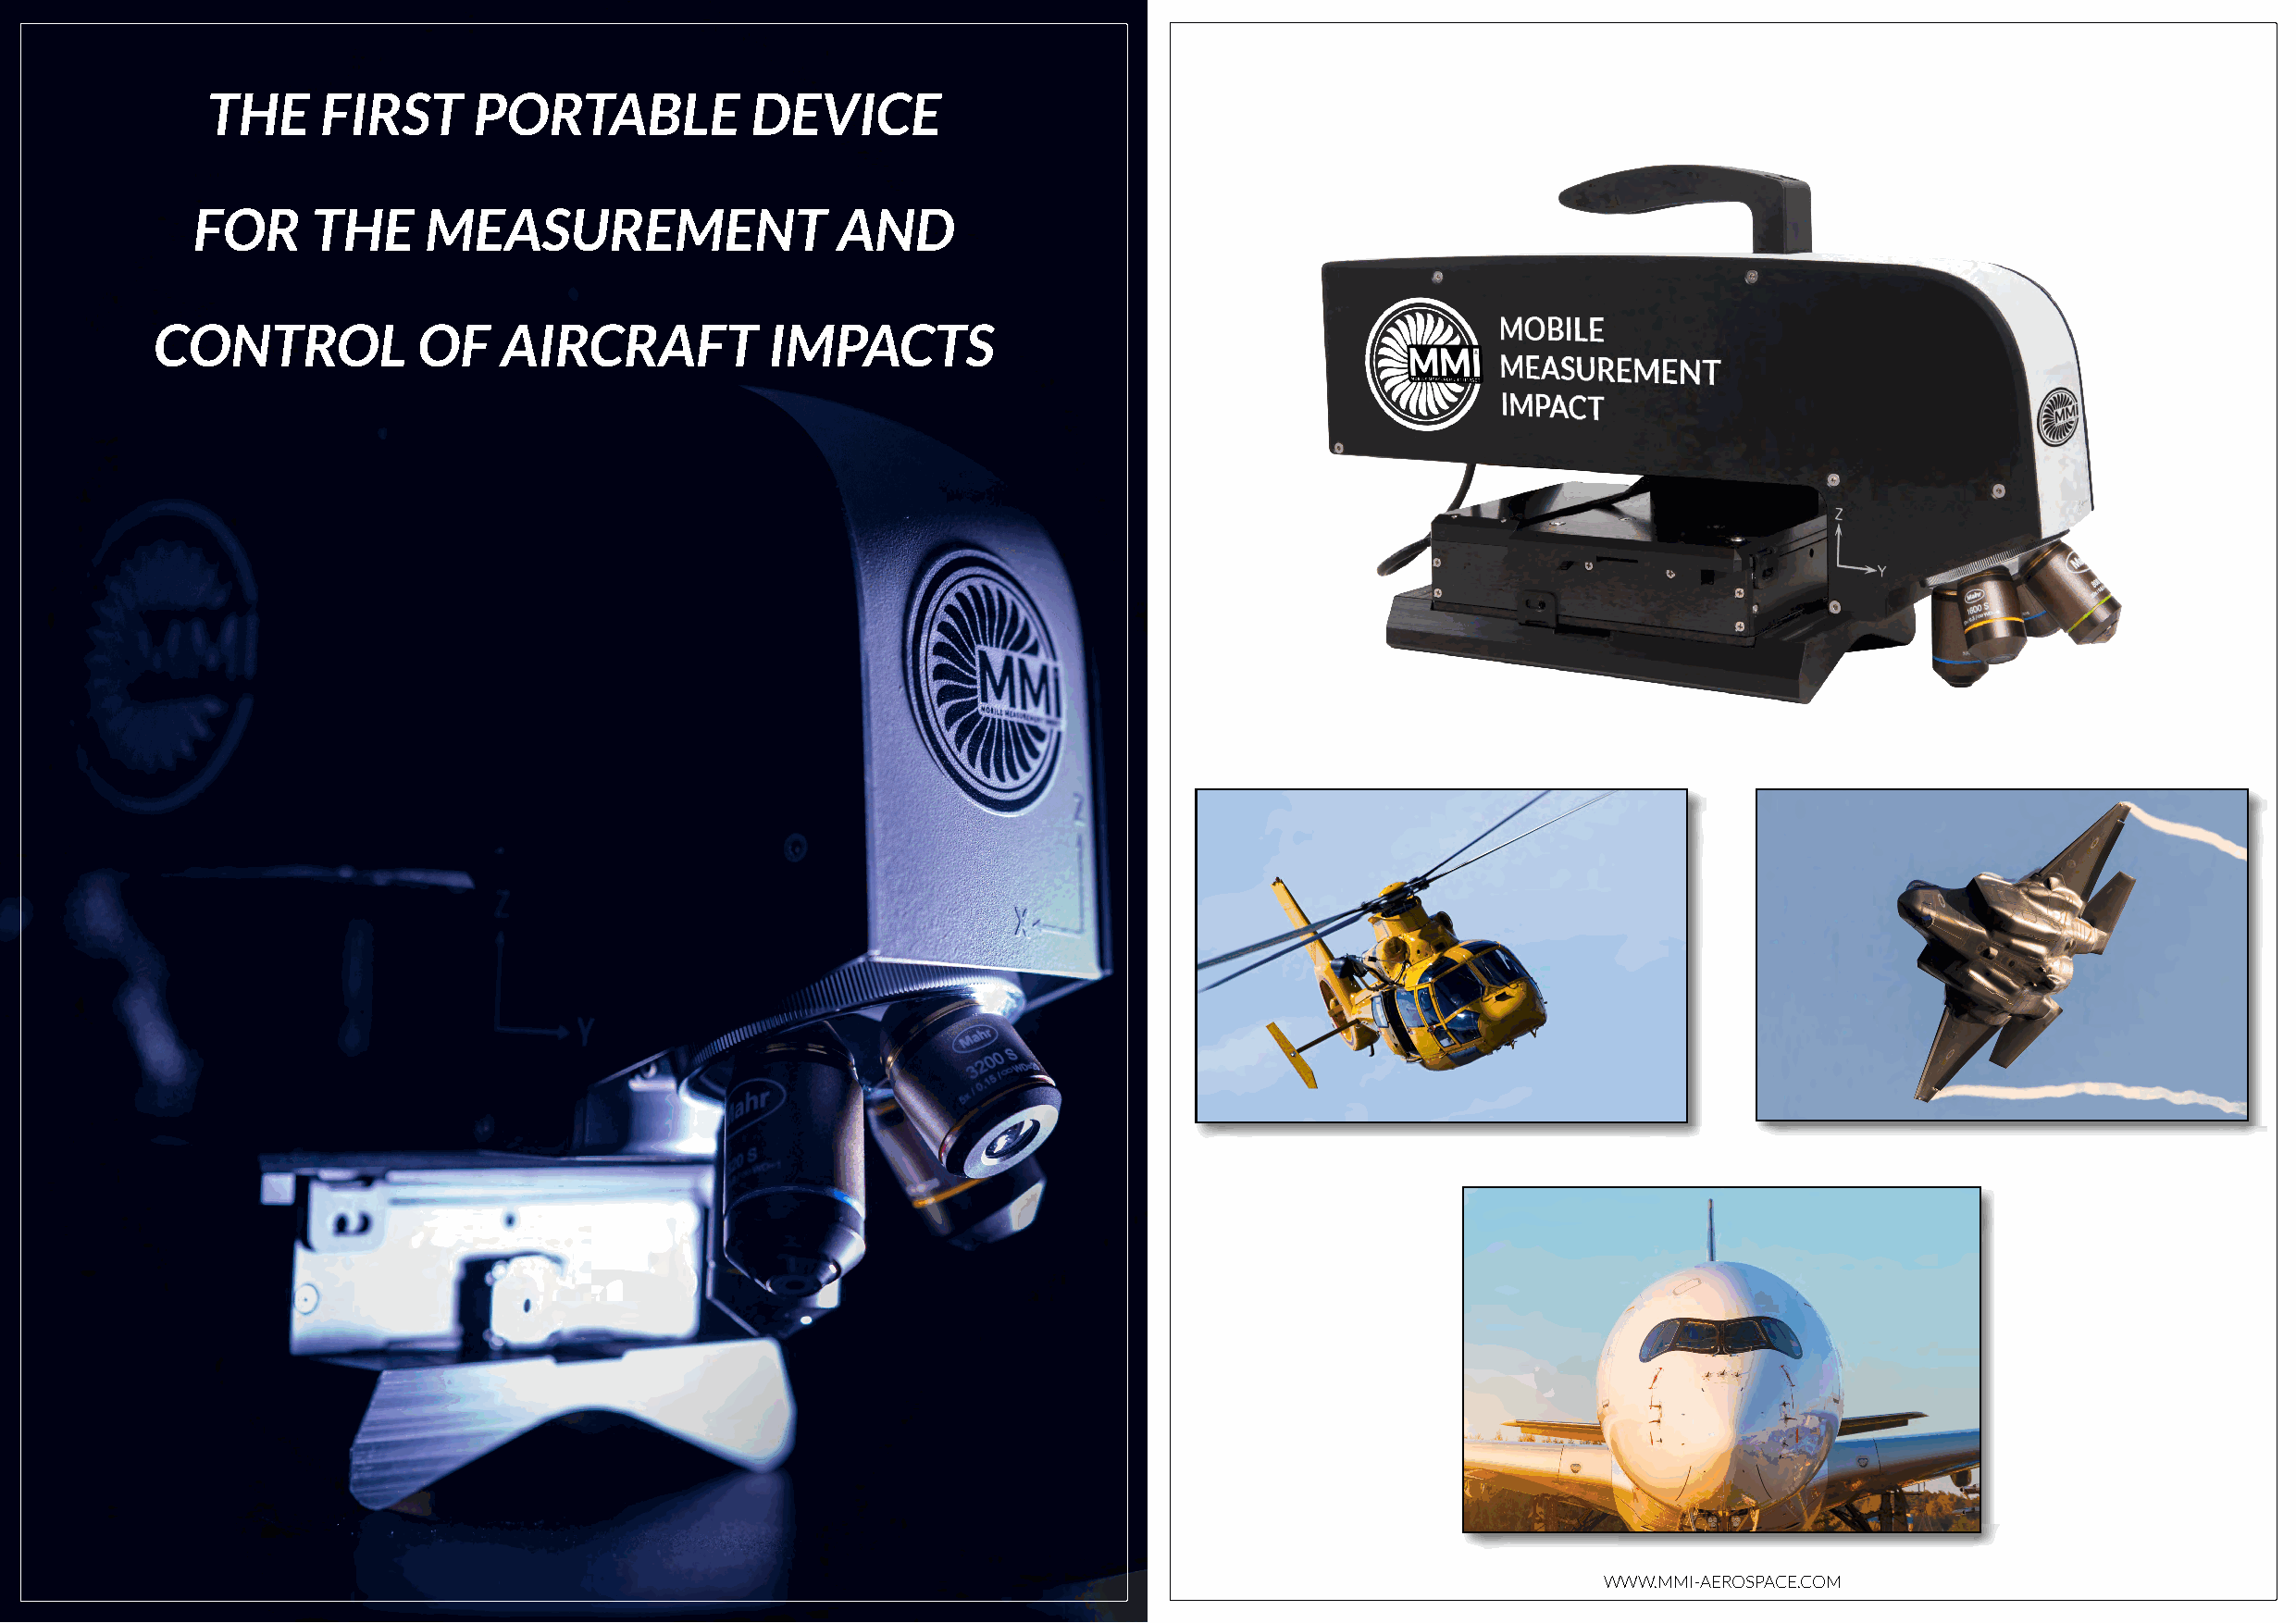
THE     FIRST      PORTABLE            DEVICE
 FOR     THE     MEASUREMENT                   AND
 CONTROL            OF    AIRCRAFT           IMPACTS
 WWW.MMI-AEROSPACE.COM                                                             WWW.MMI-AEROSPACE.COM